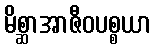
မိစ္ဆာအာဇီဝပစ္စယာ